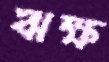
ঋক্ষ